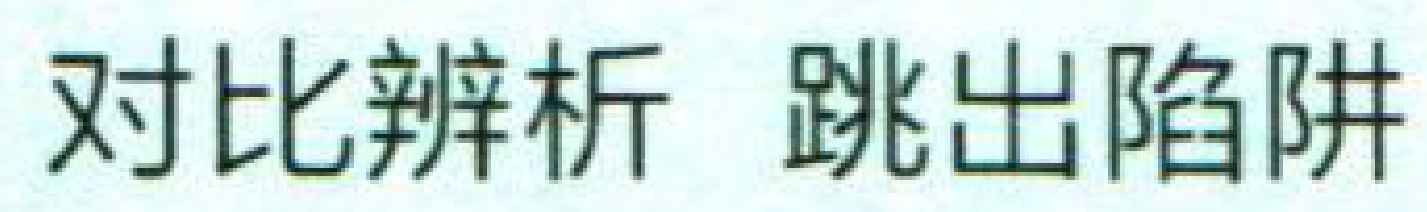
对比辨析 跳出陷阱